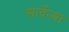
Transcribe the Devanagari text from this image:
सार्देन्या